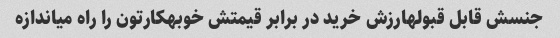
جنسش قابل قبولهارزش خرید در برابر قیمتش خوبهکارتون را راه میاندازه